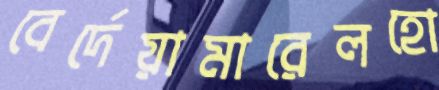
বের্দেয়ামারেলহো